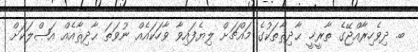
ބ. ދިވެހިރާއްޖޭގެ ތާރީޚީ ޙާދިޘާތަކުގެ މައްޗަށް ލިޔެފައިވާ ވާހަކައެއް ނުވަތަ ޙާދިޘާއެއް އަޞްލަކަށް